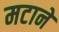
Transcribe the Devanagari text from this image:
मटाने